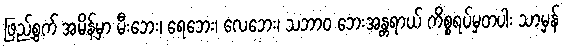
ဖြည့်စွက် အမိန့်မှာ မီးဘေး၊ ရေဘေး၊ လေဘေး၊ သဘာ၀ ဘေးအန္တရာယ် ကိစ္စရပ်မှတပါး သာမှန်